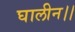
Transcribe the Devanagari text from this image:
घालीन।।